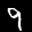
Label: 9